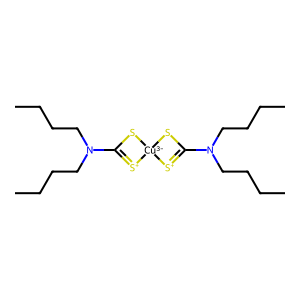
SMILES: CCCCN(CCCC)C1=[S+][Cu-3]2(S1)SC(N(CCCC)CCCC)=[S+]2
Inhibits HIV replication: No